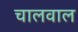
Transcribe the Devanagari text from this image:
चालवाल